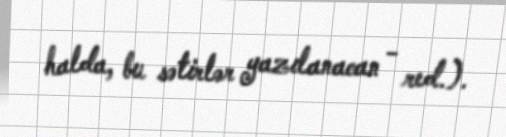
halda, bu sətirlər yazılanacan - red.).